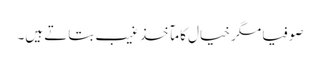
صوفیا مگر خیال کا مآخذ غیب بتاتے ہیں۔